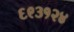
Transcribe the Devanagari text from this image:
६९३१२४